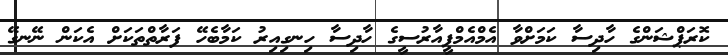
ކޮރަޕްޝަންގެ ހާދިސާ ކަމަށްވާ އެމްއެމްޕީއާރުސީގެ ހާދިސާ ހިނގިއިރު ކަމާބެހޭ ފަރާތްތަކަށް އެކަން ނޭނގޭ